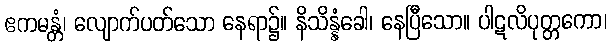
ဧကမန္တံ၊ လျောက်ပတ်သော နေရာ၌။ နိသိန္နံခေါ၊ နေပြီသော။ ပါဋလိပုတ္တကော၊